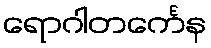
ရောဂါတင်္ကေန